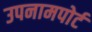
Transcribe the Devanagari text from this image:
उपनामपोर्ट